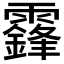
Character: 𩆨